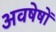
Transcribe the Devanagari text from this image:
अवषेषों